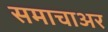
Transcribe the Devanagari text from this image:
समाचाअर